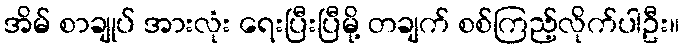
အိမ် စာချုပ် အားလုံး ရေးပြီးပြီမို့ တချက် စစ်ကြည့်လိုက်ပါဦး။